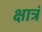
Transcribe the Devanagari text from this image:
क्षात्रं